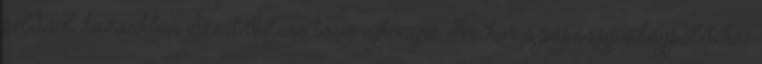
például hazánkban Szent István törvénykönyve. Amikor a pápaság világpolitikai